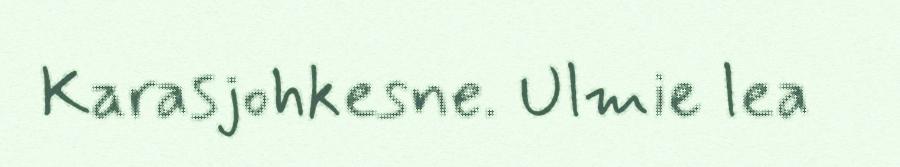
Karasjohkesne. Ulmie lea